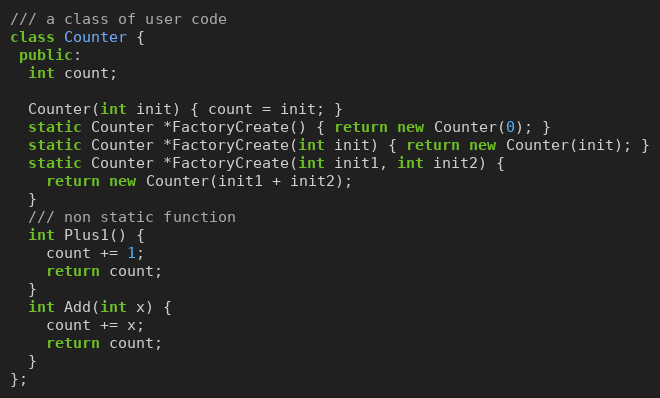
Language: C++
/// a class of user code
class Counter {
 public:
  int count;

  Counter(int init) { count = init; }
  static Counter *FactoryCreate() { return new Counter(0); }
  static Counter *FactoryCreate(int init) { return new Counter(init); }
  static Counter *FactoryCreate(int init1, int init2) {
    return new Counter(init1 + init2);
  }
  /// non static function
  int Plus1() {
    count += 1;
    return count;
  }
  int Add(int x) {
    count += x;
    return count;
  }
};